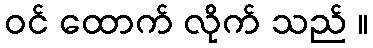
ဝင် ထောက် လိုက် သည် ။